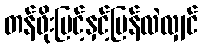
တန်ဖိုးမြင့်နှင့်ပြန်လဲလျှင်